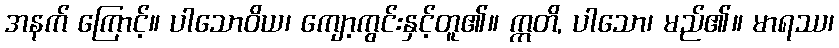
အနက် ကြောင့်။ ပါသောဝိယ၊ ကျော့ကွင်းနှင့်တူ၏။ ဣတိ, ပါသော၊ မည်၏။ မာရဿ၊